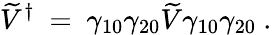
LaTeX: \widetilde V^{\dagger}\ =\ \gamma_{10}\gamma_{20}\widetilde V\gamma_{10}\gamma_{20}\ .